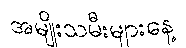
အမျိုးသမီးများနေ့